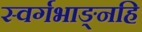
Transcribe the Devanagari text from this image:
स्वर्गभाङ्नहि